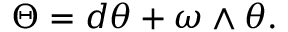
\Theta = d \theta + \omega \wedge \theta .